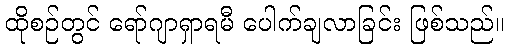
ထိုစဉ်တွင် ရော်ဂျာရှာရမီ ပေါက်ချလာခြင်း ဖြစ်သည်။